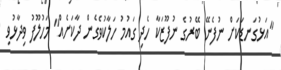
"އަޅުގަނޑަކަށް ނުފެނޭ ބޭރުގެ ނުފޫޒަކާ ހެދި ގައުމު ހަލާކުވެގެން ދާކަށެއް" މަހުލޫފު ވިދާޅުވި